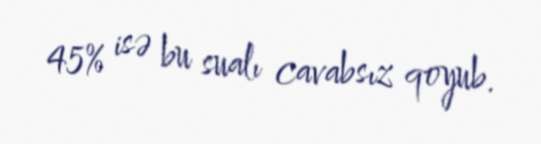
45% isə bu sualı cavabsız qoyub.